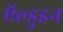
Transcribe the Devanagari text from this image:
ऍल्डुइन